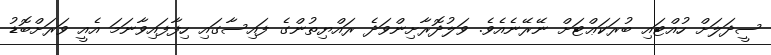
ސީދަލަށް ހުއްޓައި ބުރަކަޢްޓަށް ނޭރޭނެއެވެ. ވަލުދޮރާށިންވަދެ ރައްޔިތުންގެ ފައިސާގައި ހިފާފައިވާނަމަ އެއީ ވަރަށްބޮޑު